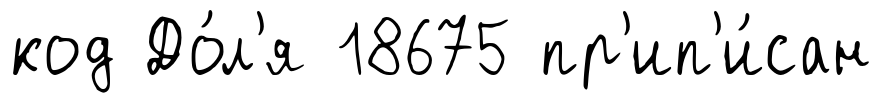
код До́л'я 18675 пр'ип'и́сан